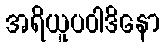
အရိယူပဝါဒိနော